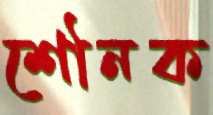
শৌনক